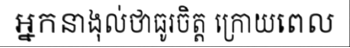
អ្នកនាងុល់ថាធូរចិត្ត ក្រោយពេល